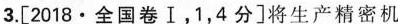
3.[2018·全国卷Ⅰ，1，4分]将生产精密机